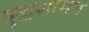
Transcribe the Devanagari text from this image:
बुद्धशासन